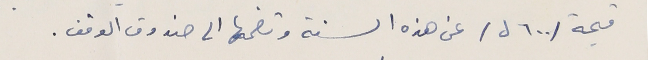
قيمة / ٦٠٠ ل / عن هذه السنة وتضمها الى صندوق الوقف .